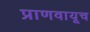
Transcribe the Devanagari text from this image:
प्राणवायूच